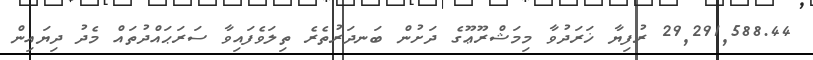
29